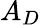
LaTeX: A_{D}